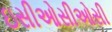
ઇસીઓસીઓસી